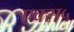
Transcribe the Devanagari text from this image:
एक्स५